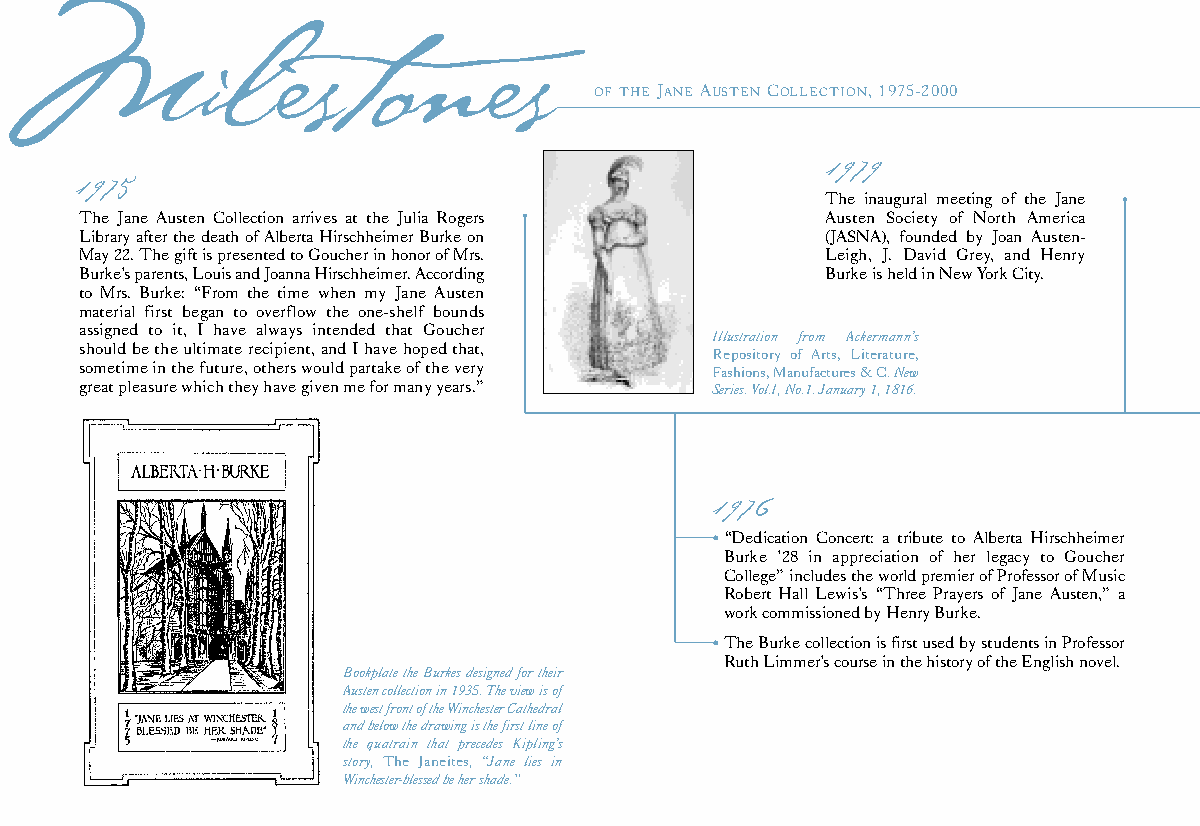
Milestones
 OFTHE JANEAUSTENCOLLECTION, 1975-2000
 1979
 1975                                              The inaugural meeting of the Jane
 The Jane Austen Collection arrives at the Julia Rogers Austen Society of North America
 Library after the death of Alberta Hirschheimer Burke on (JASNA), founded by Joan Austen-
 May 22. The gift is presented to Goucher in honor of Mrs. Leigh, J. David Grey, and Henry
 Burke’s parents, Louis and Joanna Hirschheimer. According Burke is held in New York City.
 to Mrs. Burke: “From the time when my Jane Austen
 material first began to overflow the one-shelf bounds
 assigned to it, I have always intended that Goucher
 Illustration from Ackermann’s
 should be the ultimate recipient, and I have hoped that, Repository of Arts, Literature,
 sometime in the future, others would partake of the very Fashions, Manufactures & C.New
 great pleasure which they have given me for many years.” Series. Vol.I, No.1. January 1, 1816.
 1976
 •“Dedication Concert: a tribute to Alberta Hirschheimer
 Burke ’28 in appreciation of her legacy to Goucher
 College” includes the world premier of Professor of Music
 Robert Hall Lewis’s “Three Prayers of Jane Austen,” a
 work commissioned by Henry Burke.
 •The Burke collection is first used by students in Professor
 Ruth Limmer’s course in the history of the English novel.
 Bookplate the Burkes designed for their
 Austen collection in 1935. The view is of
 the west front of the Winchester Cathedral
 and below the drawing is the first line of
 the quatrain that precedes Kipling’s
 story, The Janeites, “Jane lies in
 Winchester-blessed be her shade.”